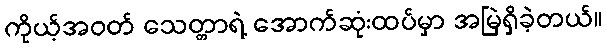
ကိုယ့်အဝတ် သေတ္တာရဲ့ အောက်ဆုံးထပ်မှာ အမြဲရှိခဲ့တယ်။